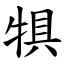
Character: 犋